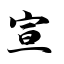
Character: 宣